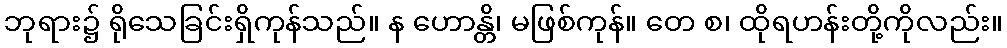
ဘုရား၌ ရိုသေခြင်းရှိကုန်သည်။ န ဟောန္တိ၊ မဖြစ်ကုန်။ တေ စ၊ ထိုရဟန်းတို့ကိုလည်း။